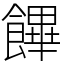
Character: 饆